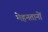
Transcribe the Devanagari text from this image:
मेहनतानों